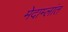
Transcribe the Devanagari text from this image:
मेदाम्लांत